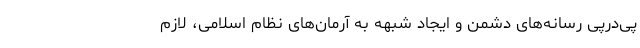
پی‌درپی رسانه‌های دشمن و ایجاد شبهه به آرمان‌های نظام اسلامی، لازم